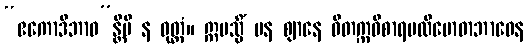
“ဧကောဒိဘာဝ”န္တိပိ န ဝုတ္တံ။ ဣမသ္မိံ ပန ဈာနေ ဝိတက္ကဝိစာရပလိဗောဓာဘာဝေန